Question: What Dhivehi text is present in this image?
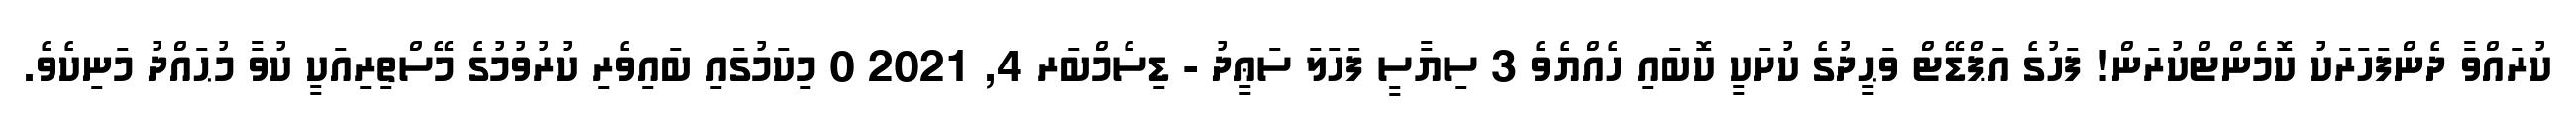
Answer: ކުރައްވާ ދެންފަހަރަކު ކޮމެންޓްކުރަން! ފަހުގެ އަޕްޑޭޓް ވަޙީދުގެ ކުށަކީ ކޮބައި ހެއްޔެވެ 3 ސިޔާސީ ފަހަލަ ސަޢީދު - ޑިސެމްބަރ 4, 2021 0 މިކަމުގައި ބައިވެރި ކުރުވުމުގެ މޭސްތިރިއަކީ ކުވާ މުޙައްދު މަނިކެވެ.